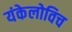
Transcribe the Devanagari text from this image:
यंकेलोविच